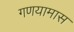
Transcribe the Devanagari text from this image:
गणयामास